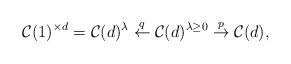
LaTeX: \begin{align*}\mathcal{C}(1)^{\times d}=\mathcal{C}(d)^{\lambda} \stackrel{q}{\leftarrow}\mathcal{C}(d)^{\lambda \geq 0} \stackrel{p}{\to} \mathcal{C}(d),\end{align*}